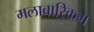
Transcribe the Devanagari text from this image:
मलाबारिकम